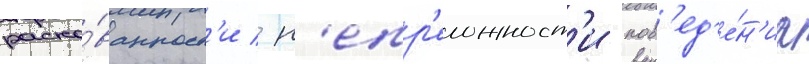
раско́ванност'и / н'епр'еложност'и пов'ед'е́н'иа